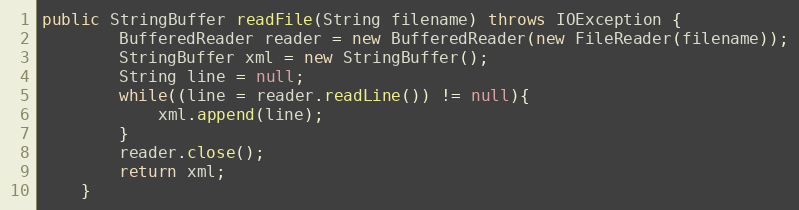
Language: Java
public StringBuffer readFile(String filename) throws IOException {
		BufferedReader reader = new BufferedReader(new FileReader(filename));
		StringBuffer xml = new StringBuffer();
		String line = null;
        while((line = reader.readLine()) != null){
            xml.append(line);
        }
		reader.close();
		return xml;
	}